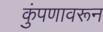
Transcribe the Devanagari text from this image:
कुंपणावरून